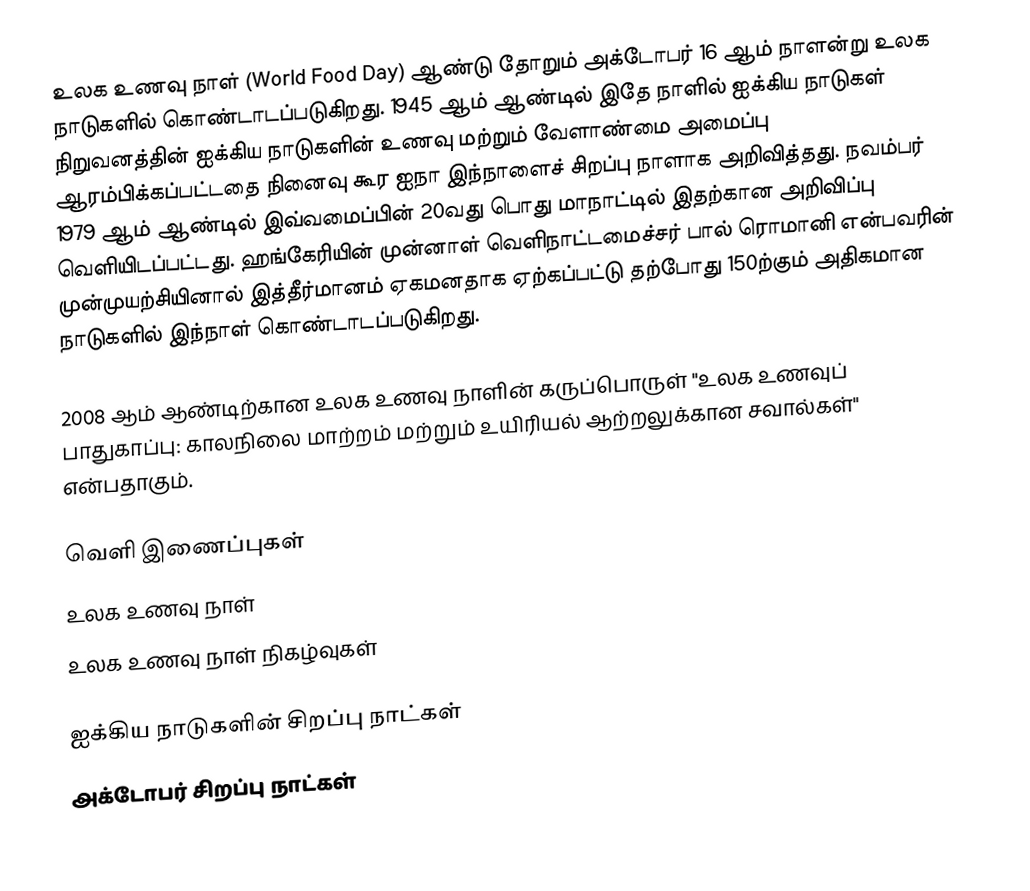
உலக உணவு நாள் (World Food Day) ஆண்டு தோறும் அக்டோபர் 16 ஆம் நாளன்று உலக நாடுகளில் கொண்டாடப்படுகிறது. 1945 ஆம் ஆண்டில் இதே நாளில் ஐக்கிய நாடுகள் நிறுவனத்தின் ஐக்கிய நாடுகளின் உணவு மற்றும் வேளாண்மை அமைப்பு ஆரம்பிக்கப்பட்டதை நினைவு கூர ஐநா இந்நாளைச் சிறப்பு நாளாக அறிவித்தது. நவம்பர் 1979 ஆம் ஆண்டில் இவ்வமைப்பின் 20வது பொது மாநாட்டில் இதற்கான அறிவிப்பு வெளியிடப்பட்டது. ஹங்கேரியின் முன்னாள் வெளிநாட்டமைச்சர் பால் ரொமானி என்பவரின் முன்முயற்சியினால் இத்தீர்மானம் ஏகமனதாக ஏற்கப்பட்டு தற்போது 150ற்கும் அதிகமான நாடுகளில் இந்நாள் கொண்டாடப்படுகிறது.

2008 ஆம் ஆண்டிற்கான உலக உணவு நாளின் கருப்பொருள் "உலக உணவுப் பாதுகாப்பு: காலநிலை மாற்றம் மற்றும் உயிரியல் ஆற்றலுக்கான சவால்கள்" என்பதாகும்.

வெளி இணைப்புகள்
 உலக உணவு நாள்
 உலக உணவு நாள் நிகழ்வுகள்

ஐக்கிய நாடுகளின் சிறப்பு நாட்கள்
அக்டோபர் சிறப்பு நாட்கள்